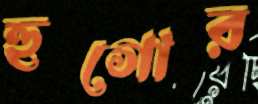
হুগোর